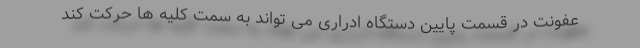
عفونت در قسمت پایین دستگاه ادراری می تواند به سمت کلیه ها حرکت کند